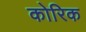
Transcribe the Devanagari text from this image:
कोरिक